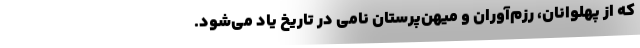
که از پهلوانان، رزم‌آوران و میهن‌پرستان نامی در تاریخ یاد می‌شود.